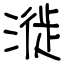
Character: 漇